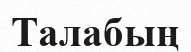
Талабың